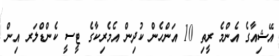
އޭޝިއާގެ އެންމެ ރީތި 10 އަންހެން ކުދިން އެމެރިކާގެ ޓީސީ ކެންޑްލަރ އިން